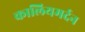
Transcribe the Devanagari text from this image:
कालियमर्दन